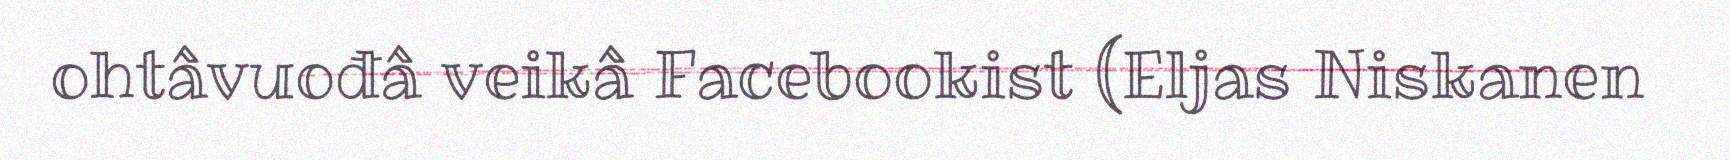
ohtâvuođâ veikâ Facebookist (Eljas Niskanen